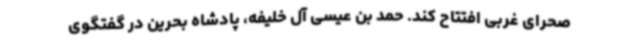
صحرای غربی افتتاح کند. حمد بن عیسی آل خلیفه، پادشاه بحرین در گفتگوی